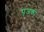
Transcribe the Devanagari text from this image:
पूंजकों